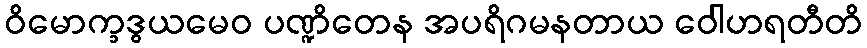
ဝိမောက္ခဒွယမေဝ ပဏ္ဍိတေန အပရိဂမနတာယ ဝေါဟရတီတိ